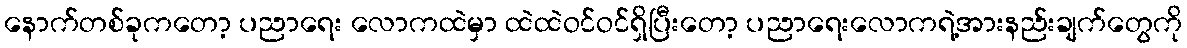
နောက်တစ်ခုကတော့ ပညာရေး လောကထဲမှာ ထဲထဲဝင်ဝင်ရှိပြီးတော့ ပညာရေးလောကရဲ့အားနည်းချက်တွေကို